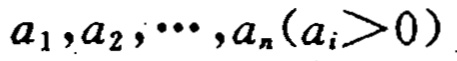
$a_{1},a_{2},\cdots,a_{n}(a_{i}>0)$